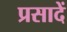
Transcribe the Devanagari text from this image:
प्रसादें